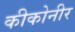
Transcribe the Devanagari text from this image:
कीकोनीर